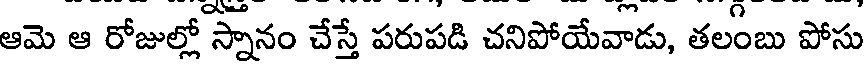
ఆమె ఆ రోజుల్లో స్నానం చేస్తే పరుపడి చనిపోయేవాడు, తలంబు పోసు